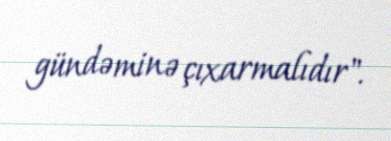
gündəminə çıxarmalıdır".